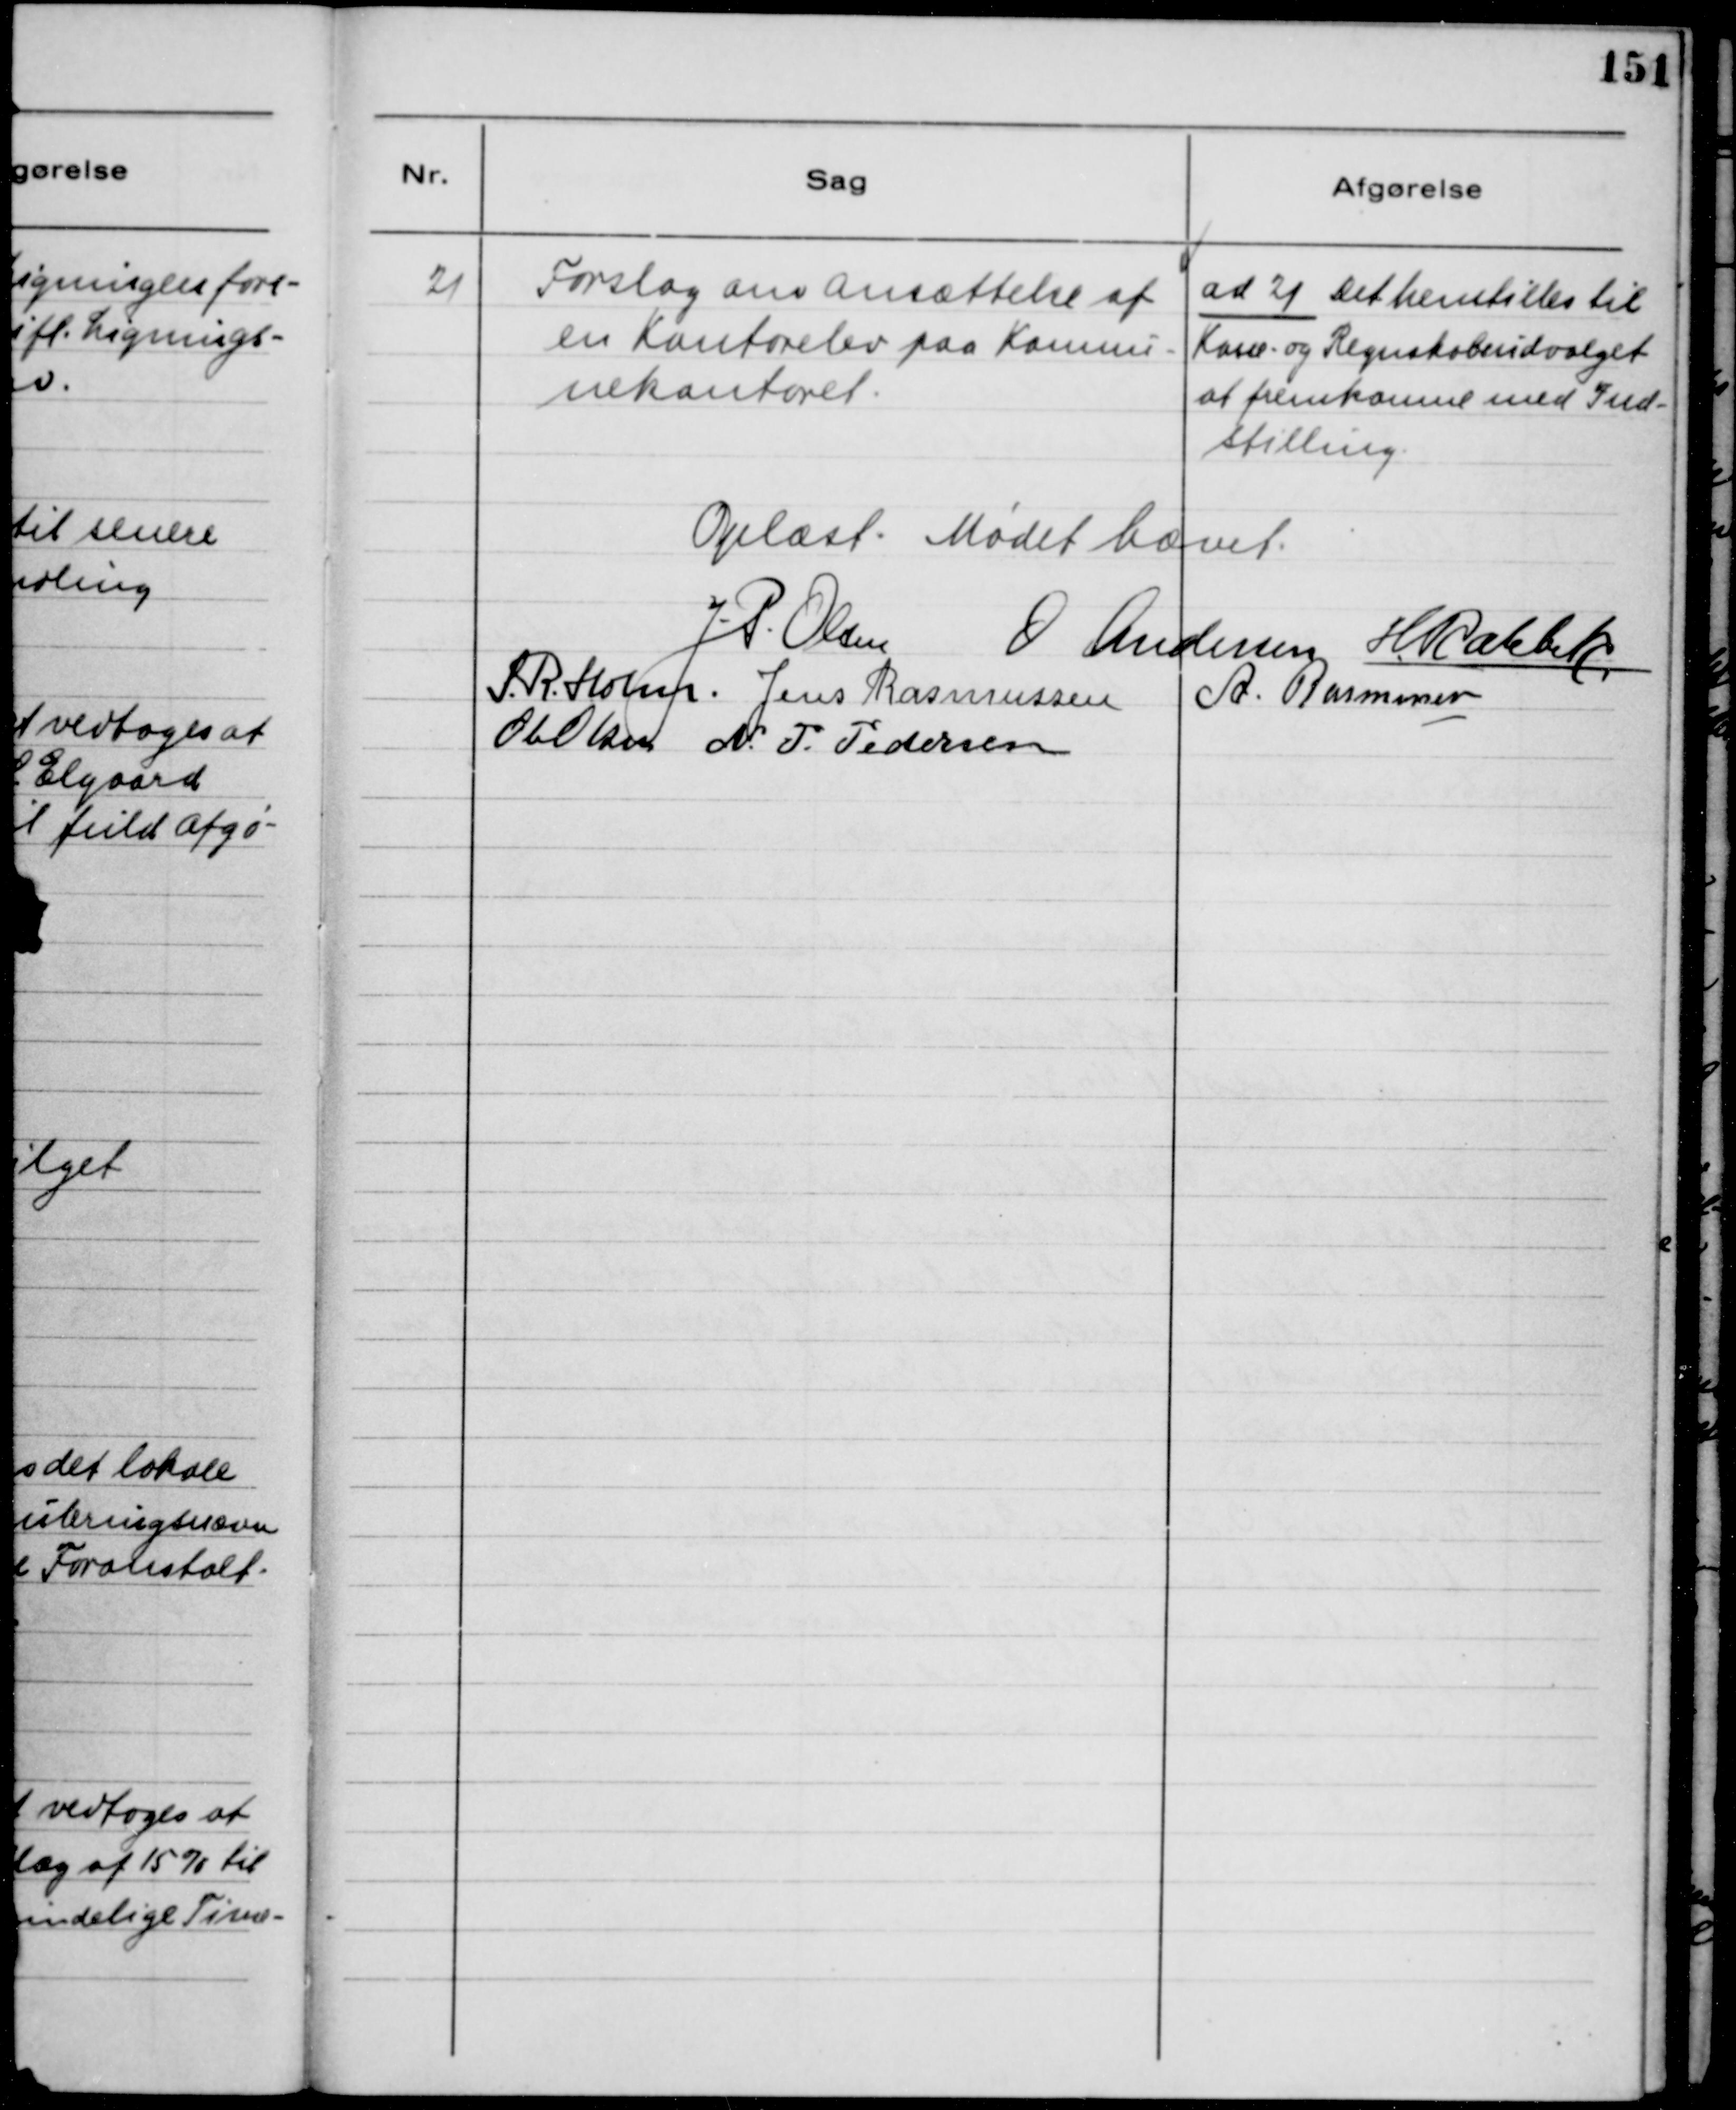
Transskription:
21
Forslag om Ansættelse af
en Kontorelev paa Kommu-
nekontoret.
ad 21 Det henstilles til
Kasse- og Regnskabsudvalget
at fremkomme med Ind-
stilling.
Oplæst. Mødet hævet.
J.P. Olsen
O Andersen
H Rahbek
S. R. Holm.
Jens Rasmussen
A. Rasmussen
Ole Olsen
N.P. Pedersen